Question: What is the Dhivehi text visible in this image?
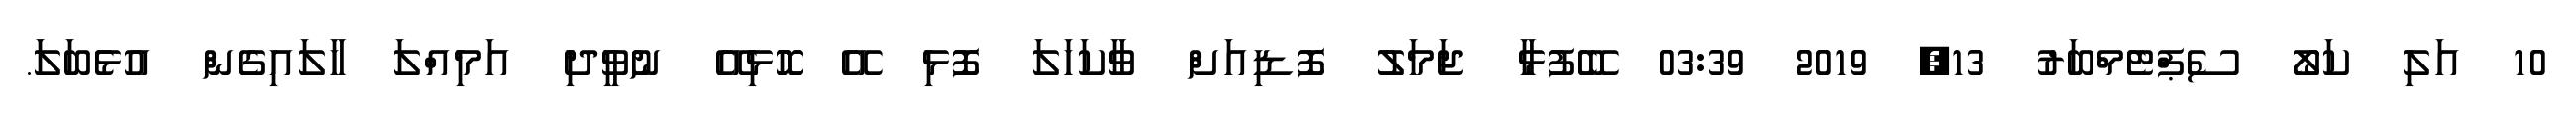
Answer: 10 އަލި ކަލޯ ސެޕްޓެމްބަރު 13, 2019 03:39 ބޭފުޅާ ޖަމަލު ފޮޑިއަށް ވާކަހަލަ ފޮޅި އޭ ހޮޮޅިއޭ ނުވީދި އަމިއްލަ ހާލައިގެން އުޅެބަލަ.